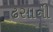
ઢસાની